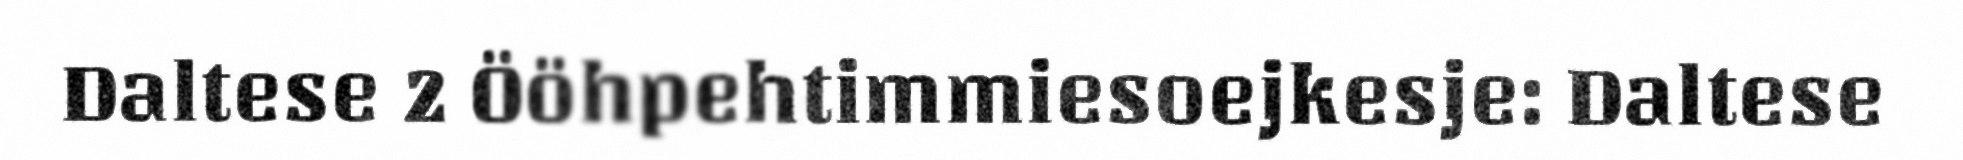
Daltese 2 Ööhpehtimmiesoejkesje: Daltese